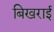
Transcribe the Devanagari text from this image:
बिखराई